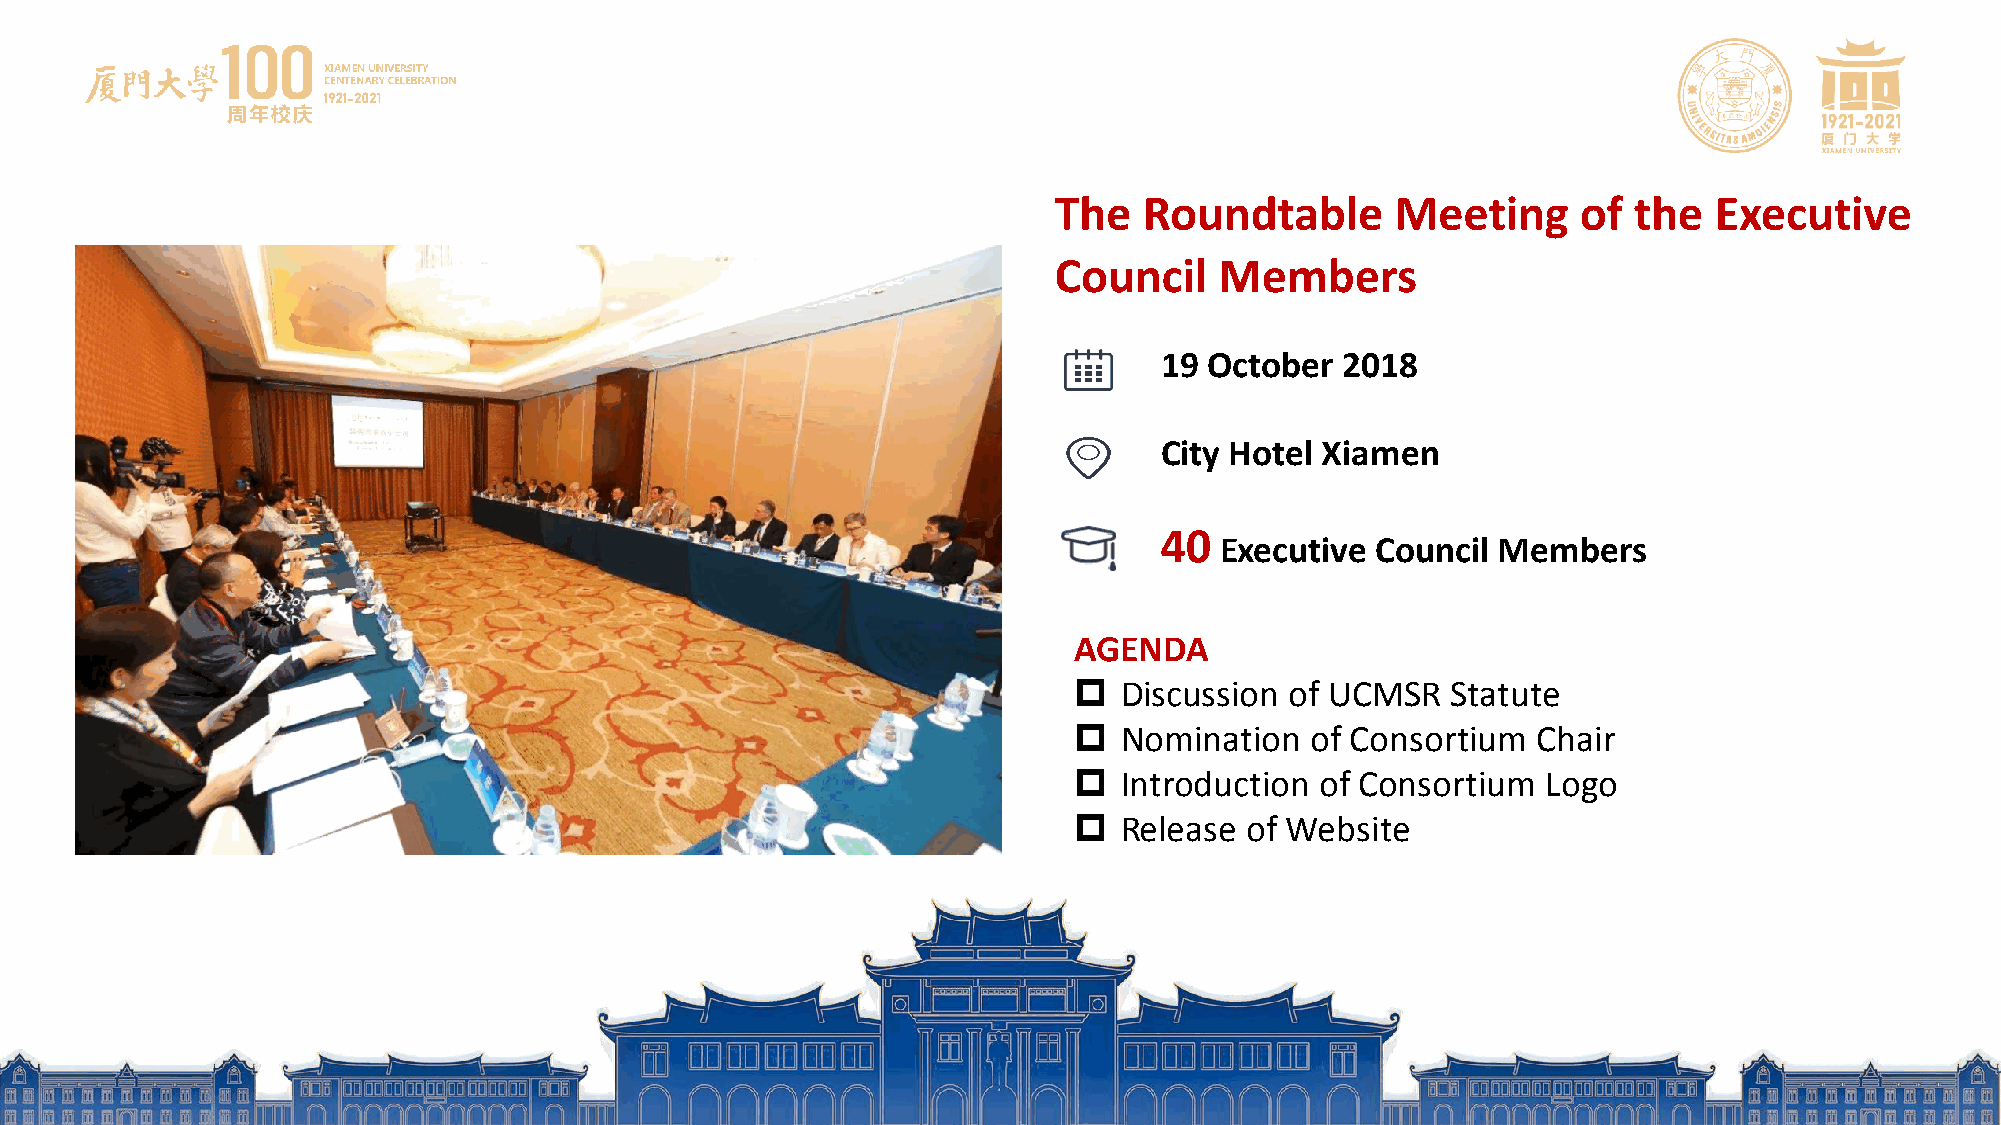
The   Roundtable      Meeting      of the  Executive
 Council    Members
 19 October  2018
 City Hotel Xiamen
 40
 Executive Council Members
 AGENDA
   Discussion of UCMSR   Statute
   Nomination   of Consortium  Chair
   Introduction of Consortium  Logo
   Release of Website